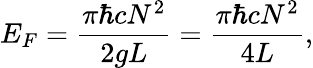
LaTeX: E_{F}=\frac{\pi\hbar cN^{2}}{2gL}=\frac{\pi\hbar cN^{2}}{4L},